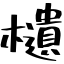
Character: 𣟧